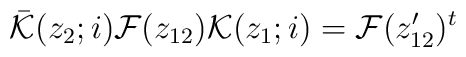
\bar{{\cal K}}(z_{2};i){\cal F}(z_{12}) {\cal K}(z_{1};i)={\cal F}(z^{\prime}_{12})^{t}